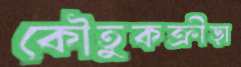
কৌতুকক্রীড়া